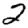
Digit: 2